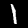
Label: 1